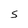
Character: S